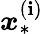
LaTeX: \boldsymbol{x}_{*}^{(\mathbf{i})}